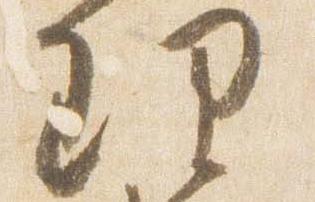
理